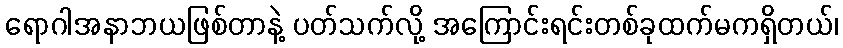
ရောဂါအနာဘယဖြစ်တာနဲ့ ပတ်သက်လို့ အကြောင်းရင်းတစ်ခုထက်မကရှိတယ်၊